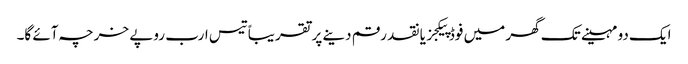
ایک دو مہینے تک گھر میں فوڈ پیکجز یا نقد رقم دینے پر تقریباً تیس ارب روپے خرچہ آئے گا۔